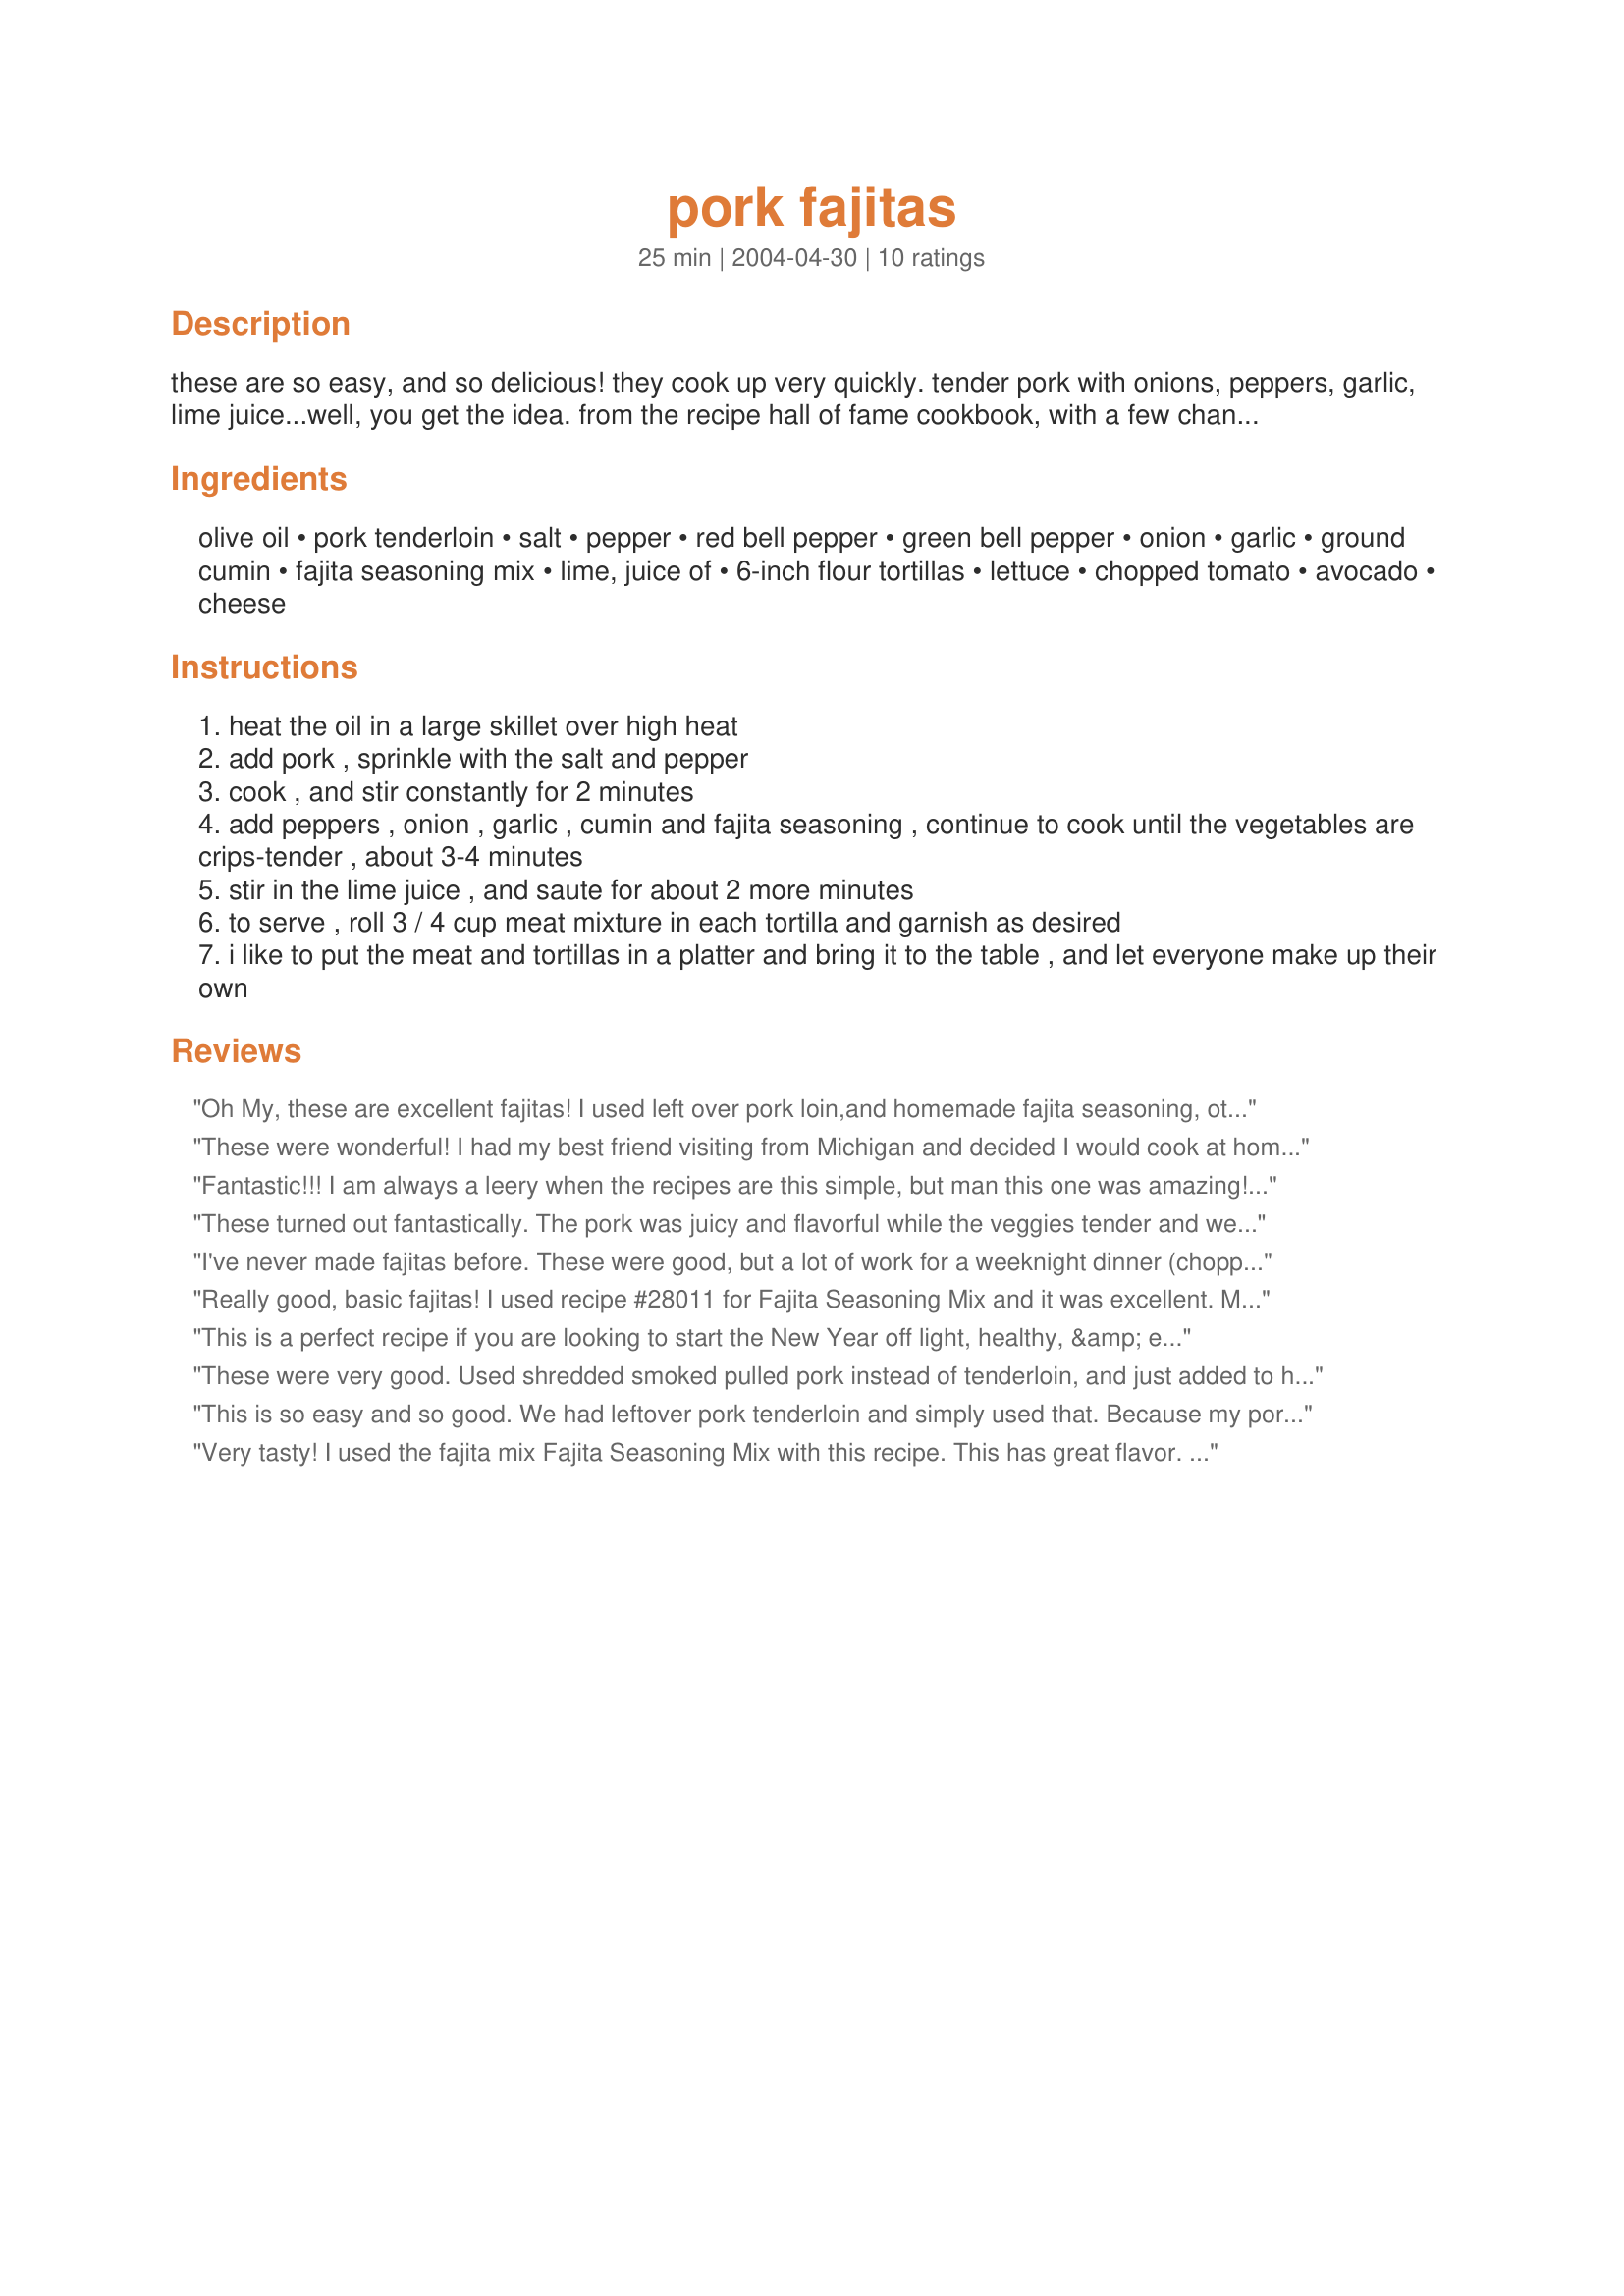
pork fajitas
Preparation time: 25 minutes

these are so easy, and so delicious! they cook up very quickly. tender pork with onions, peppers, garlic, lime juice...well, you get the idea. from the recipe hall of fame cookbook, with a few changes.

Ingredients:
olive oil, pork tenderloin, salt, pepper, red bell pepper, green bell pepper, onion, garlic, ground cumin, fajita seasoning mix, lime, juice of, 6-inch flour tortillas, lettuce, chopped tomato, avocado, cheese

Steps:
heat the oil in a large skillet over high heat
add pork , sprinkle with the salt and pepper
cook , and stir constantly for 2 minutes
add peppers , onion , garlic , cumin and fajita seasoning , continue to cook until the vegetables are crips-tender , about 3-4 minutes
stir in the lime juice , and saute for about 2 more minutes
to serve , roll 3 / 4 cup meat mixture in each tortilla and garnish as desired
i like to put the meat and tortillas in a platter and bring it to the table , and let everyone make up their own

Reviews:
Oh My, these are excellent fajitas! I used left over pork loin,and homemade fajita seasoning, otherwise, followed your easy directions. Loved how quick they came together and the taste is first rate!
Thanks so much for sharing ... These will be regulars at my house! Laudee
These were wonderful! I had my best friend visiting from Michigan and decided I would cook at home instead of going to a Mexican restarant.This is a late review 2(weeks)I did use chicken instead of pork(thats what I had on hand)These were Great! Much Thanks....PJ
Fantastic!!! I am always a leery when the recipes are this simple, but man this one was amazing! Truly restaurant quality. I did pick up the Paul Pruhomme Fajita Seasoning and I was glad I did. Thanks!
These turned out fantastically. The pork was juicy and flavorful while the veggies tender and well spiced. Thanks for a great recipe - especially the idea for fajita seasoning mix.
I've never made fajitas before. These were good, but a lot of work for a weeknight dinner (chopping tomatoes, lettuce, peppers, onions, etc.) Also, I could not find the Fajita Magic seasoning, and a co-worker told me that she had tried all of the other brands and didn't like any of them, so I made my own from the suggested RZ recipe. I don't often order fajitas, so I don't know if they compare, but I thought it could use a little more zip. I made http://www.recipezaar.com/Spicy-Guacamole-36401 to go with them, and that gave it some zip. I WOULD make these again because I think it's a great way to use pork, but maybe I'd marinate it first?
Really good, basic fajitas! I used recipe #28011 for Fajita Seasoning Mix and it was excellent. Might use even little more than just 2 tsp of it. I served these with sour cream only, no need for any other garnishes, they where so tasty on their own.
This is a perfect recipe if you are looking to start the New Year off light, healthy, &amp; easy. Pork is tender &amp; lime juice adds a twist of flavor. I used ElPaso fajita seasonings and mini sweet peppers instead. Chopping could be done the night before and dinner would be ready in minutes the next day, but same day prep is quick also.
These were very good. Used shredded smoked pulled pork instead of tenderloin, and just added to heat with the peppers and onions. The smokiness went well with the other ingredients. I'll try it with tenderloin next time which I'm sure brings it over the top. Thanks ciao!
This is so easy and so good. We had leftover pork tenderloin and simply used that. Because my pork was already cooked, I cooked the vegetables first and added the pork at the end to warm it. I used a full packet of store bought fajita mix and it was perfect.
Very tasty! I used the fajita mix <a href="/28011">Fajita Seasoning Mix</a> with this recipe. This has great flavor. I will definitely make this one again. Thanks!
